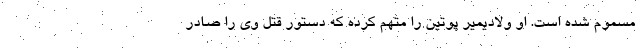
مسموم شده است. او ولادیمیر پوتین را متهم کرده که دستور قتل وی را صادر